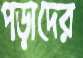
পড়াদের